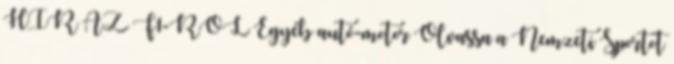
HÍR AZ F1-RŐL Egyéb autó-motor Olvassa a Nemzeti Sportot